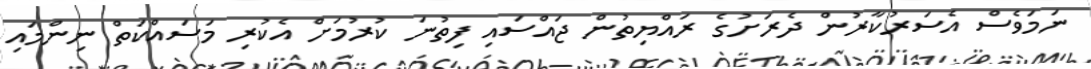
ނަމަވެސް އެސަރުކާރުން ދެރަށުގެ ރައްޔިތުން ޖައްސައި ފިތުނަ ކުރުމަށް އެކުރި މަސައްކަތް ނިންމައި